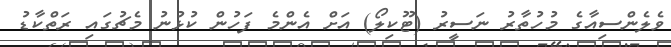
ވެލެންސިއާގެ މުހުތާރު ނަސީރު (ޓޫކިލޯ) އަށް އެންމެ ފަހުން ކުޅުނު މެޗުގައި ރަތްކާޑު